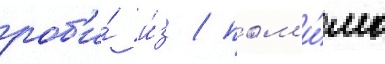
роб'и́ и́з / пом'и́мо